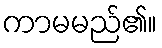
ကာမမည်၏။